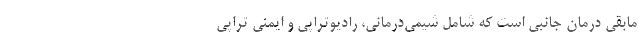
مابقی درمان جانبی است که شامل شیمی‌درمانی،‌ رادیوتراپی و ایمنی تراپی